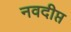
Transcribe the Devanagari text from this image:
नवदीप्त